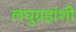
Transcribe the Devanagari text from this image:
लघुग्रहांशी